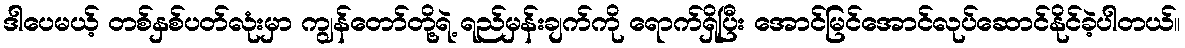
ဒါပေမယ့် တစ်နှစ်ပတ်လုံးမှာ ကျွန်တော်တို့ရဲ့ ရည်မှန်းချက်ကို ရောက်ရှိပြီး အောင်မြင်အောင်လုပ်ဆောင်နိုင်ခဲ့ပါတယ်။